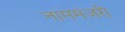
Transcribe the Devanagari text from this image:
नाममंजरी